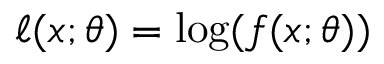
\ell ( x ; \theta ) = \log ( f ( x ; \theta ) )